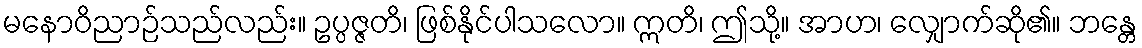
မနောဝိညာဉ်သည်လည်း။ ဥပ္ပဇ္ဇတိ၊ ဖြစ်နိုင်ပါသလော။ ဣတိ၊ ဤသို့။ အာဟ၊ လျှောက်ဆို၏။ ဘန္တေ